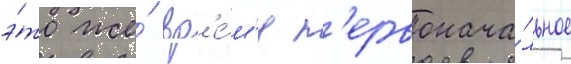
э́то же́ вр'е́м'я п'ервонача́льное